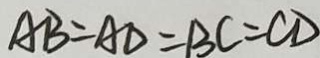
A B = A D = B C = C D